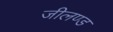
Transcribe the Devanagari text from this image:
जीलण्ड